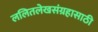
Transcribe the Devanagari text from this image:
ललितलेखसंग्रहासाठी